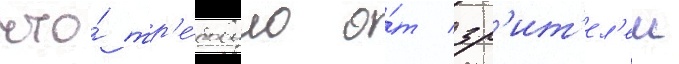
что́ тр'е́бовало о́т зр'ит'ел'еи